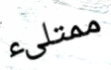
ممتلىء